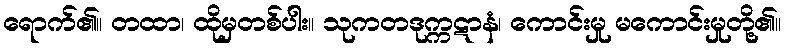
ရောက်၏။ တထာ၊ ထိုမှတစ်ပါး။ သုကတဒုက္ကဋာနံ၊ ကောင်းမှု မကောင်းမှုတို့၏။